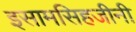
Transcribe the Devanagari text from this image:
इसामसिहजीनी